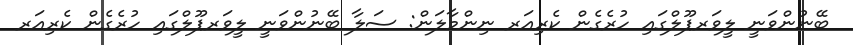
ބޭނުންވަނީ ލީވަރޕޫލްގައި ހުރެގެން ކެރިއަރ ނިންމާލަން: ސަލާ ބޭނުންވަނީ ލީވަރޕޫލްގައި ހުރެގެން ކެރިއަރ